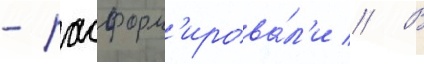
- расформ'ирова́л'и // В